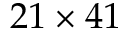
2 1 \times 4 1